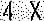
4 X